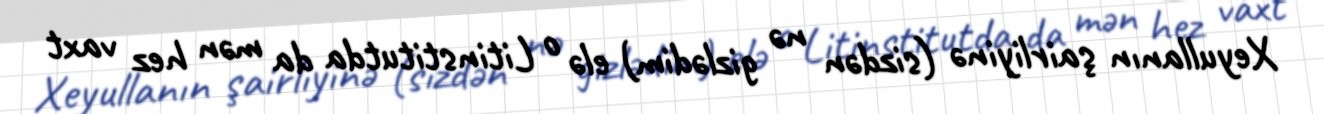
Xeyullanın şairliyinə (sizdən nə gizlədim) elə o Litinstitutda da mən hez vaxt